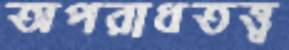
অপরাধতত্ত্ব